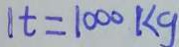
1 t = 1 0 0 0 k g